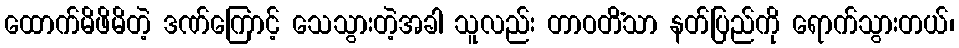
ထောက်မိဖိမိတဲ့ ဒဏ်ကြောင့် သေသွားတဲ့အခါ သူလည်း တာဝတိံသာ နတ်ပြည်ကို ရောက်သွားတယ်၊